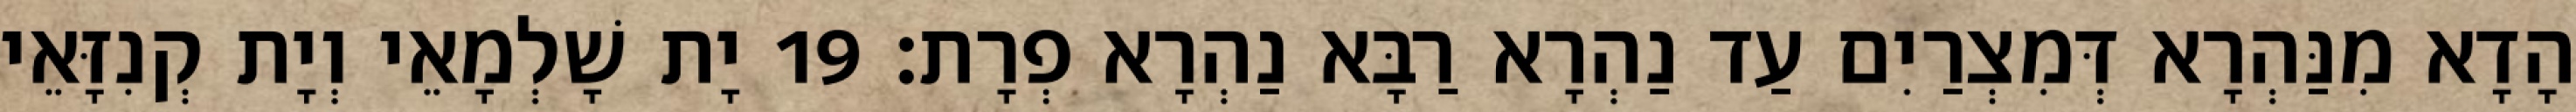
הָדָא מִנַּהְרָא דְּמִצְרַיִם עַד נַהְרָא רַבָּא נַהְרָא פְרָת׃ 19 יָת שָׁלְמָאֵי וְיָת קְנִזָּאֵי